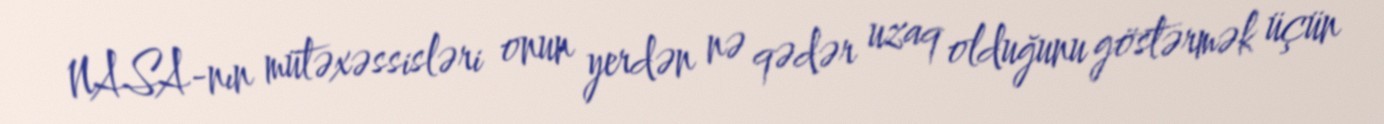
NASA-nın mütəxəssisləri onun yerdən nə qədər uzaq olduğunu göstərmək üçün